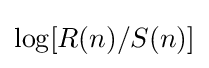
\log[R(n)/S(n)]